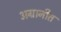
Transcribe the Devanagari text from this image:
अग्रानीत